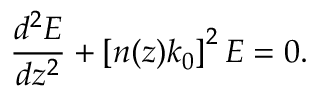
\frac { d ^ { 2 } E } { d z ^ { 2 } } + \left[ n ( z ) k _ { 0 } \right] ^ { 2 } E = 0 .